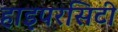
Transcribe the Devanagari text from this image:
हाइपरसिटी